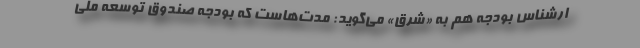
ارشناس بودجه هم به «شرق» می‌گوید: مدت‌هاست كه بودجه صندوق توسعه ملی